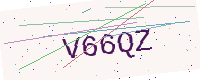
Text: V66QZ